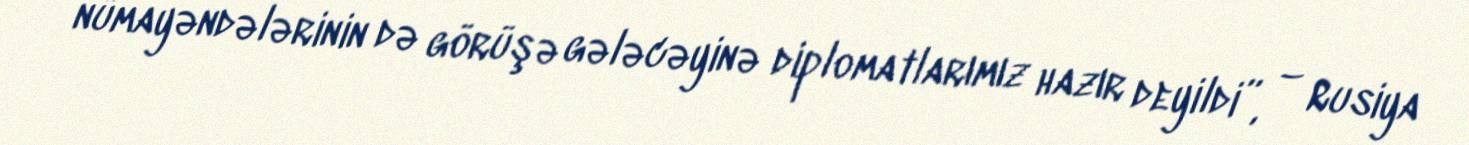
nümayəndələrinin də görüşə gələcəyinə diplomatlarımız hazır deyildi”, – Rusiya